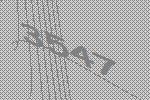
3547